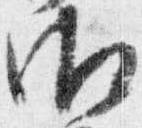
御